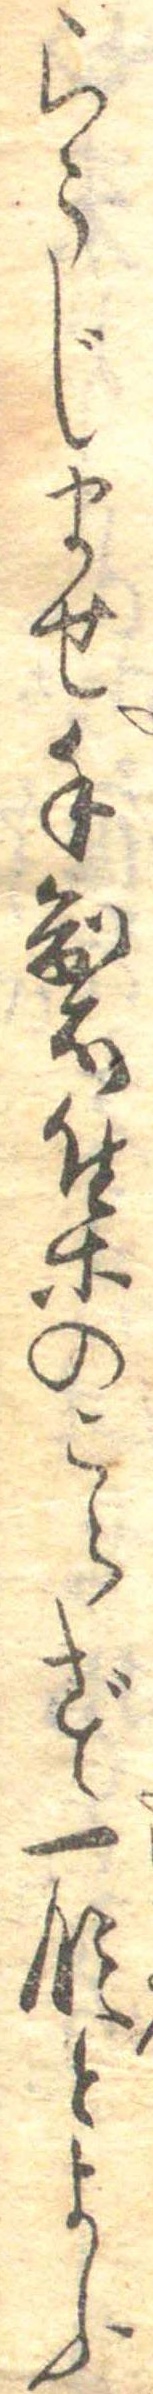
らうじませ手製集のこらず一段とよふ